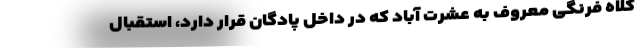
کلاه فرنگی معروف به عشرت آباد که در داخل پادگان قرار دارد، استقبال